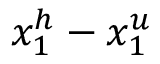
x _ { 1 } ^ { h } - x _ { 1 } ^ { u }